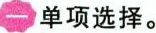
一单项选择。